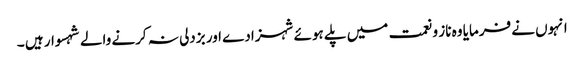
انہوں نے فرمایا وہ ناز و نعمت میں پلے ہوئے شہزادے اور بزدلی نہ کرنے والے شہسوار ہیں ۔